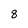
Character: 8